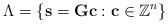
LaTeX: \begin{align*}\Lambda=\left\{ \mathbf{s}=\mathbf{G}\mathbf{c}:\mathbf{c}\in\mathbb{Z}^{n}\right\} \end{align*}